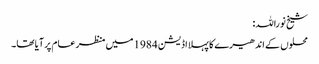
شیخ نوراللہ:
محلوں کے اندھیرے کا پہلا اڈیشن 1984 میں منظر عام پر آیا تھا۔